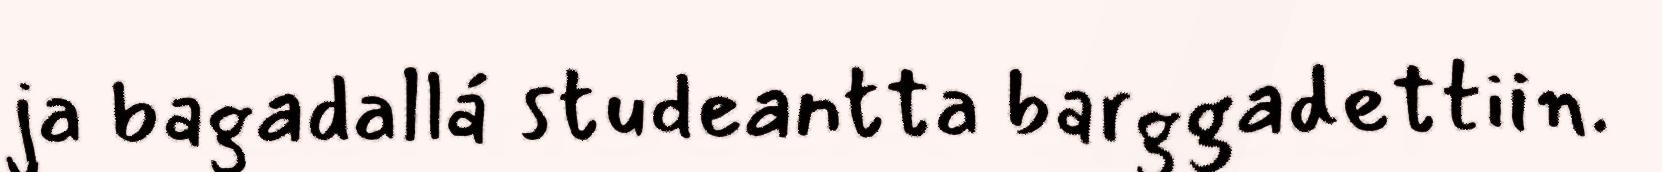
ja bagadallá studeantta barggadettiin.